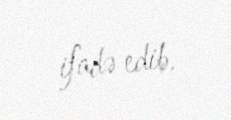
ifadə edib.